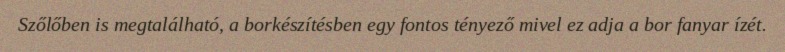
Szőlőben is megtalálható, a borkészítésben egy fontos tényező mivel ez adja a bor fanyar ízét.